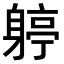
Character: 𨉬